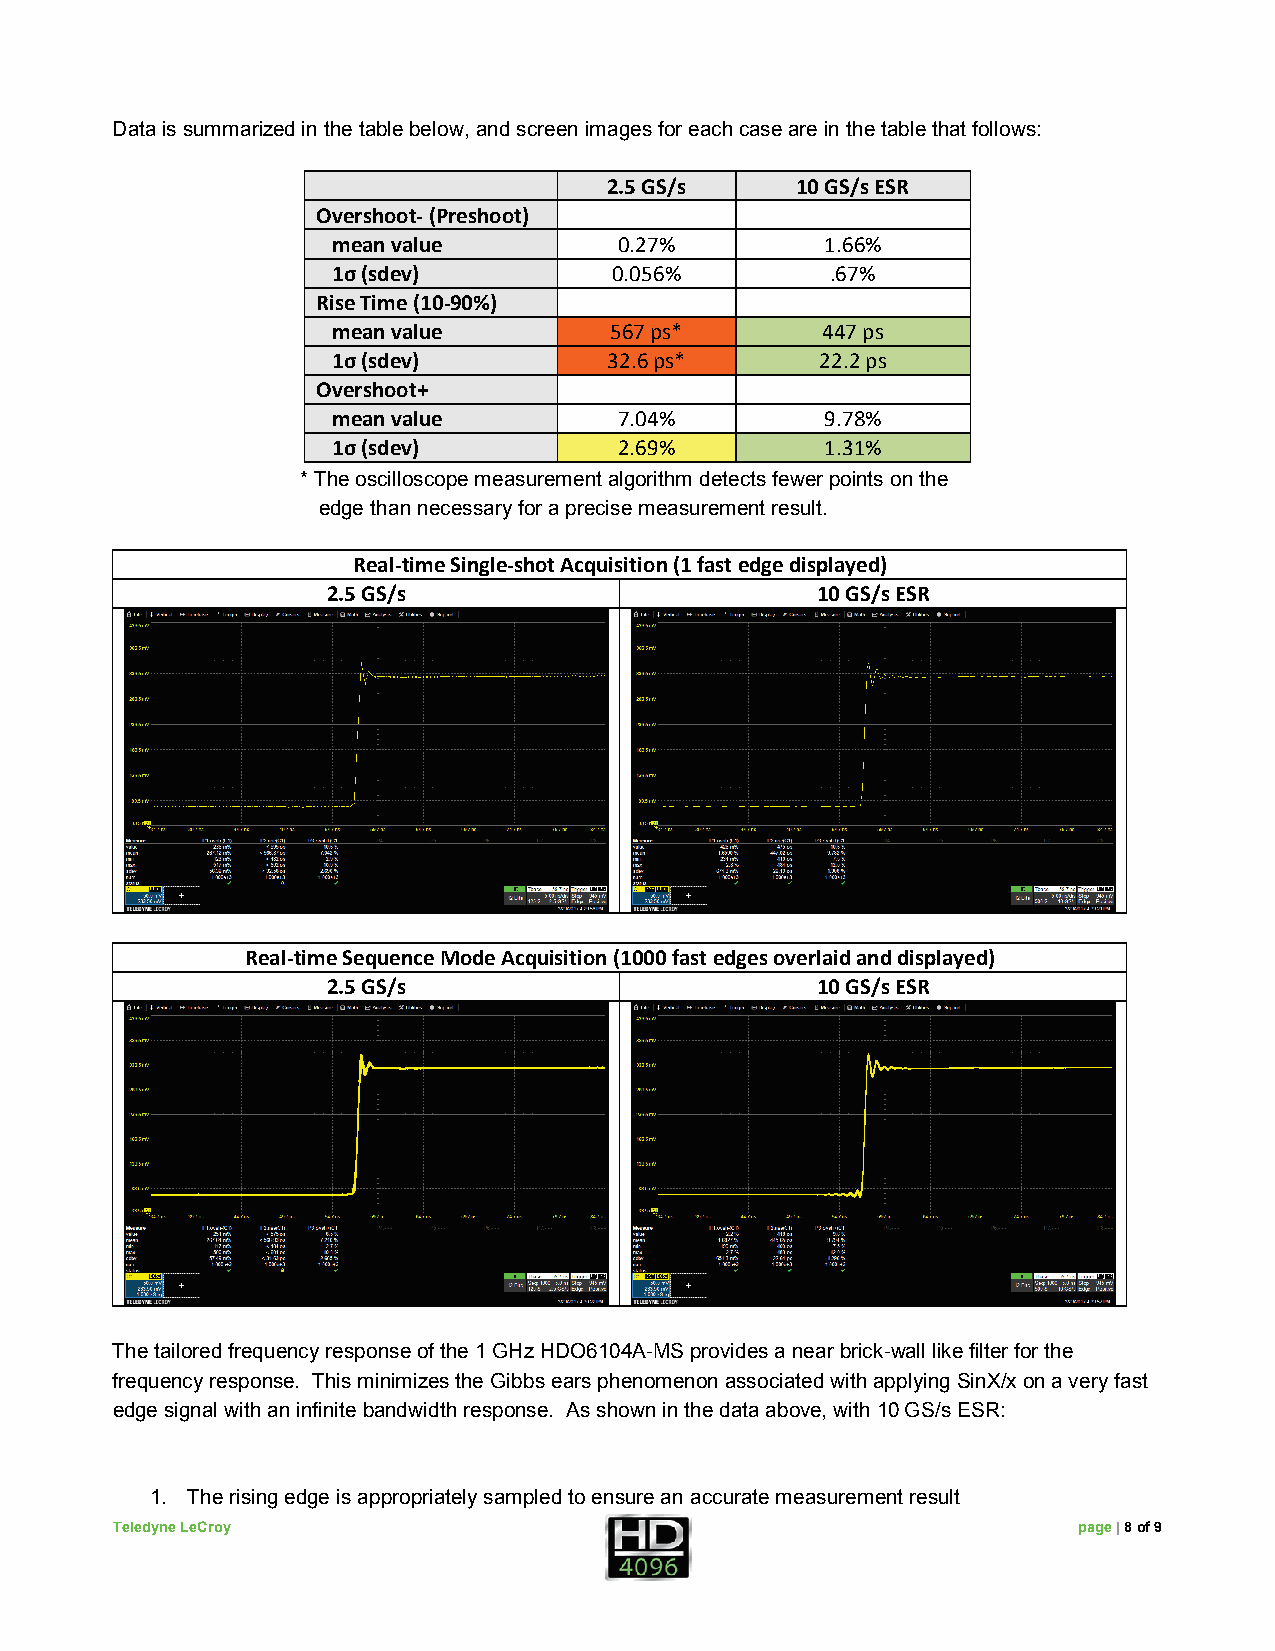
Data is summarized in the table below, and screen images for each case are in the table that follows:
 2.5 GS/s     10 GS/s ESR
 Overshoot- (Preshoot)
 mean value         0.27%         1.66%
 1σ (sdev)          0.056%        .67%
 Rise Time (10-90%)
 mean value        567 ps*       447 ps
 1σ (sdev)         32.6 ps*      22.2 ps
 Overshoot+
 mean value         7.04%         9.78%
 1σ (sdev)          2.69%         1.31%
 * The oscilloscope measurement algorithm detects fewer points on the
 edge than necessary for a precise measurement result.
 Real-time Single-shot Acquisition (1 fast edge displayed)
 2.5 GS/s                        10 GS/s ESR
 Real-time Sequence Mode Acquisition (1000 fast edges overlaid and displayed)
 2.5 GS/s                        10 GS/s ESR
 The tailored frequency response of the 1 GHz HDO6104A-MS provides a near brick-wall like filter for the
 frequency response. This minimizes the Gibbs ears phenomenon associated with applying SinX/x on a very fast
 edge signal with an infinite bandwidth response. As shown in the data above, with 10 GS/s ESR:
 1. The rising edge is appropriately sampled to ensure an accurate measurement result
 Teledyne LeCroy                                                 page | 8 of 9